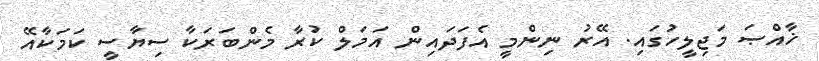
ޚާއްޞަ މަޖިލީހުގައި. އޭރު ނިންމީ އެފަދައިން އަމަލް ކުރާ މެންބަރަކާ ސިޔާސީ ކަމަކާއޭ